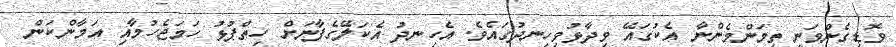
ވޮޑިގެންވަނީ ތިމަންމެންނާ އެކުގައޭ ވިދާޅުވިހިނދުގައެވެ. އެހިނދު އެކަލޭގެފާނަށް ހިތްޕުޅު ހަމަޖެހުމާއި އަމާންކަން